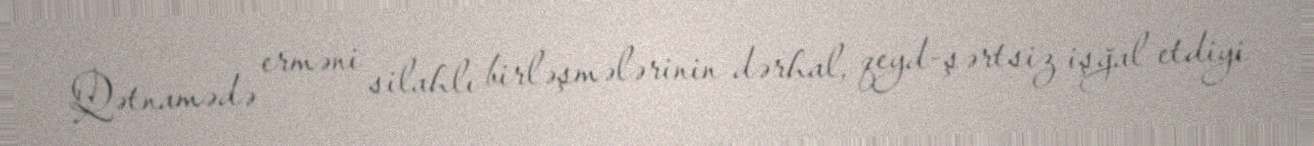
Qətnamədə erməni silahlı birləşmələrinin dərhal, qeyd-şərtsiz işğal etdiyi